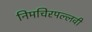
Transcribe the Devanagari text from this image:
निमचिरपल्लवी